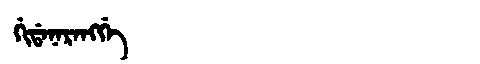
Manchu: ᡤᡳᡩᠠᠨᠠᡵᠠᠩᡤᡝ
Romanization: GIDANARANGGE